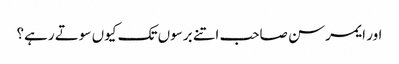
اور ایمرسن صاحب اتنے برسوں تک کیوں سوتے رہے؟